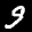
Label: 9